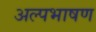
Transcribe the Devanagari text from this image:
अल्पभाषण